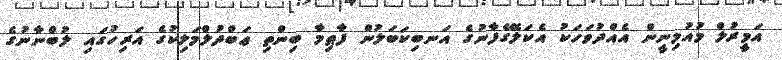
އަމީރުލް މުއުމިނީން އެއްދުވަހަކު އެކަލޭގެފާނުގެ އަނބިކަބަލުން ފާޠިމާ ބިންތި ޢަބްދުލްމަލިކުގެ އަރިހުގައި ލުބްނާނުގެ